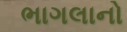
ભાગલાનો